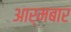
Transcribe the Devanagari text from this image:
आर्मबार